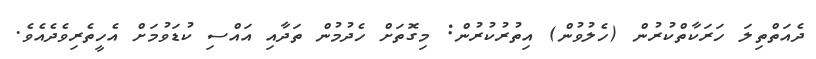
ދެއަތްތިލަ ހަރަކާތްކުރުން (ހެލުވުން) އިތުރުކުރުން: މިގޮތަށް ހެދުމުން ތަދާއި އައްސި ކުޑަވުމަށް އެހީތެރިވެދެއެވެ.